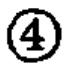
\textcircled{4}